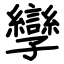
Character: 孿